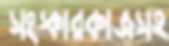
সংস্কারকাজসহ